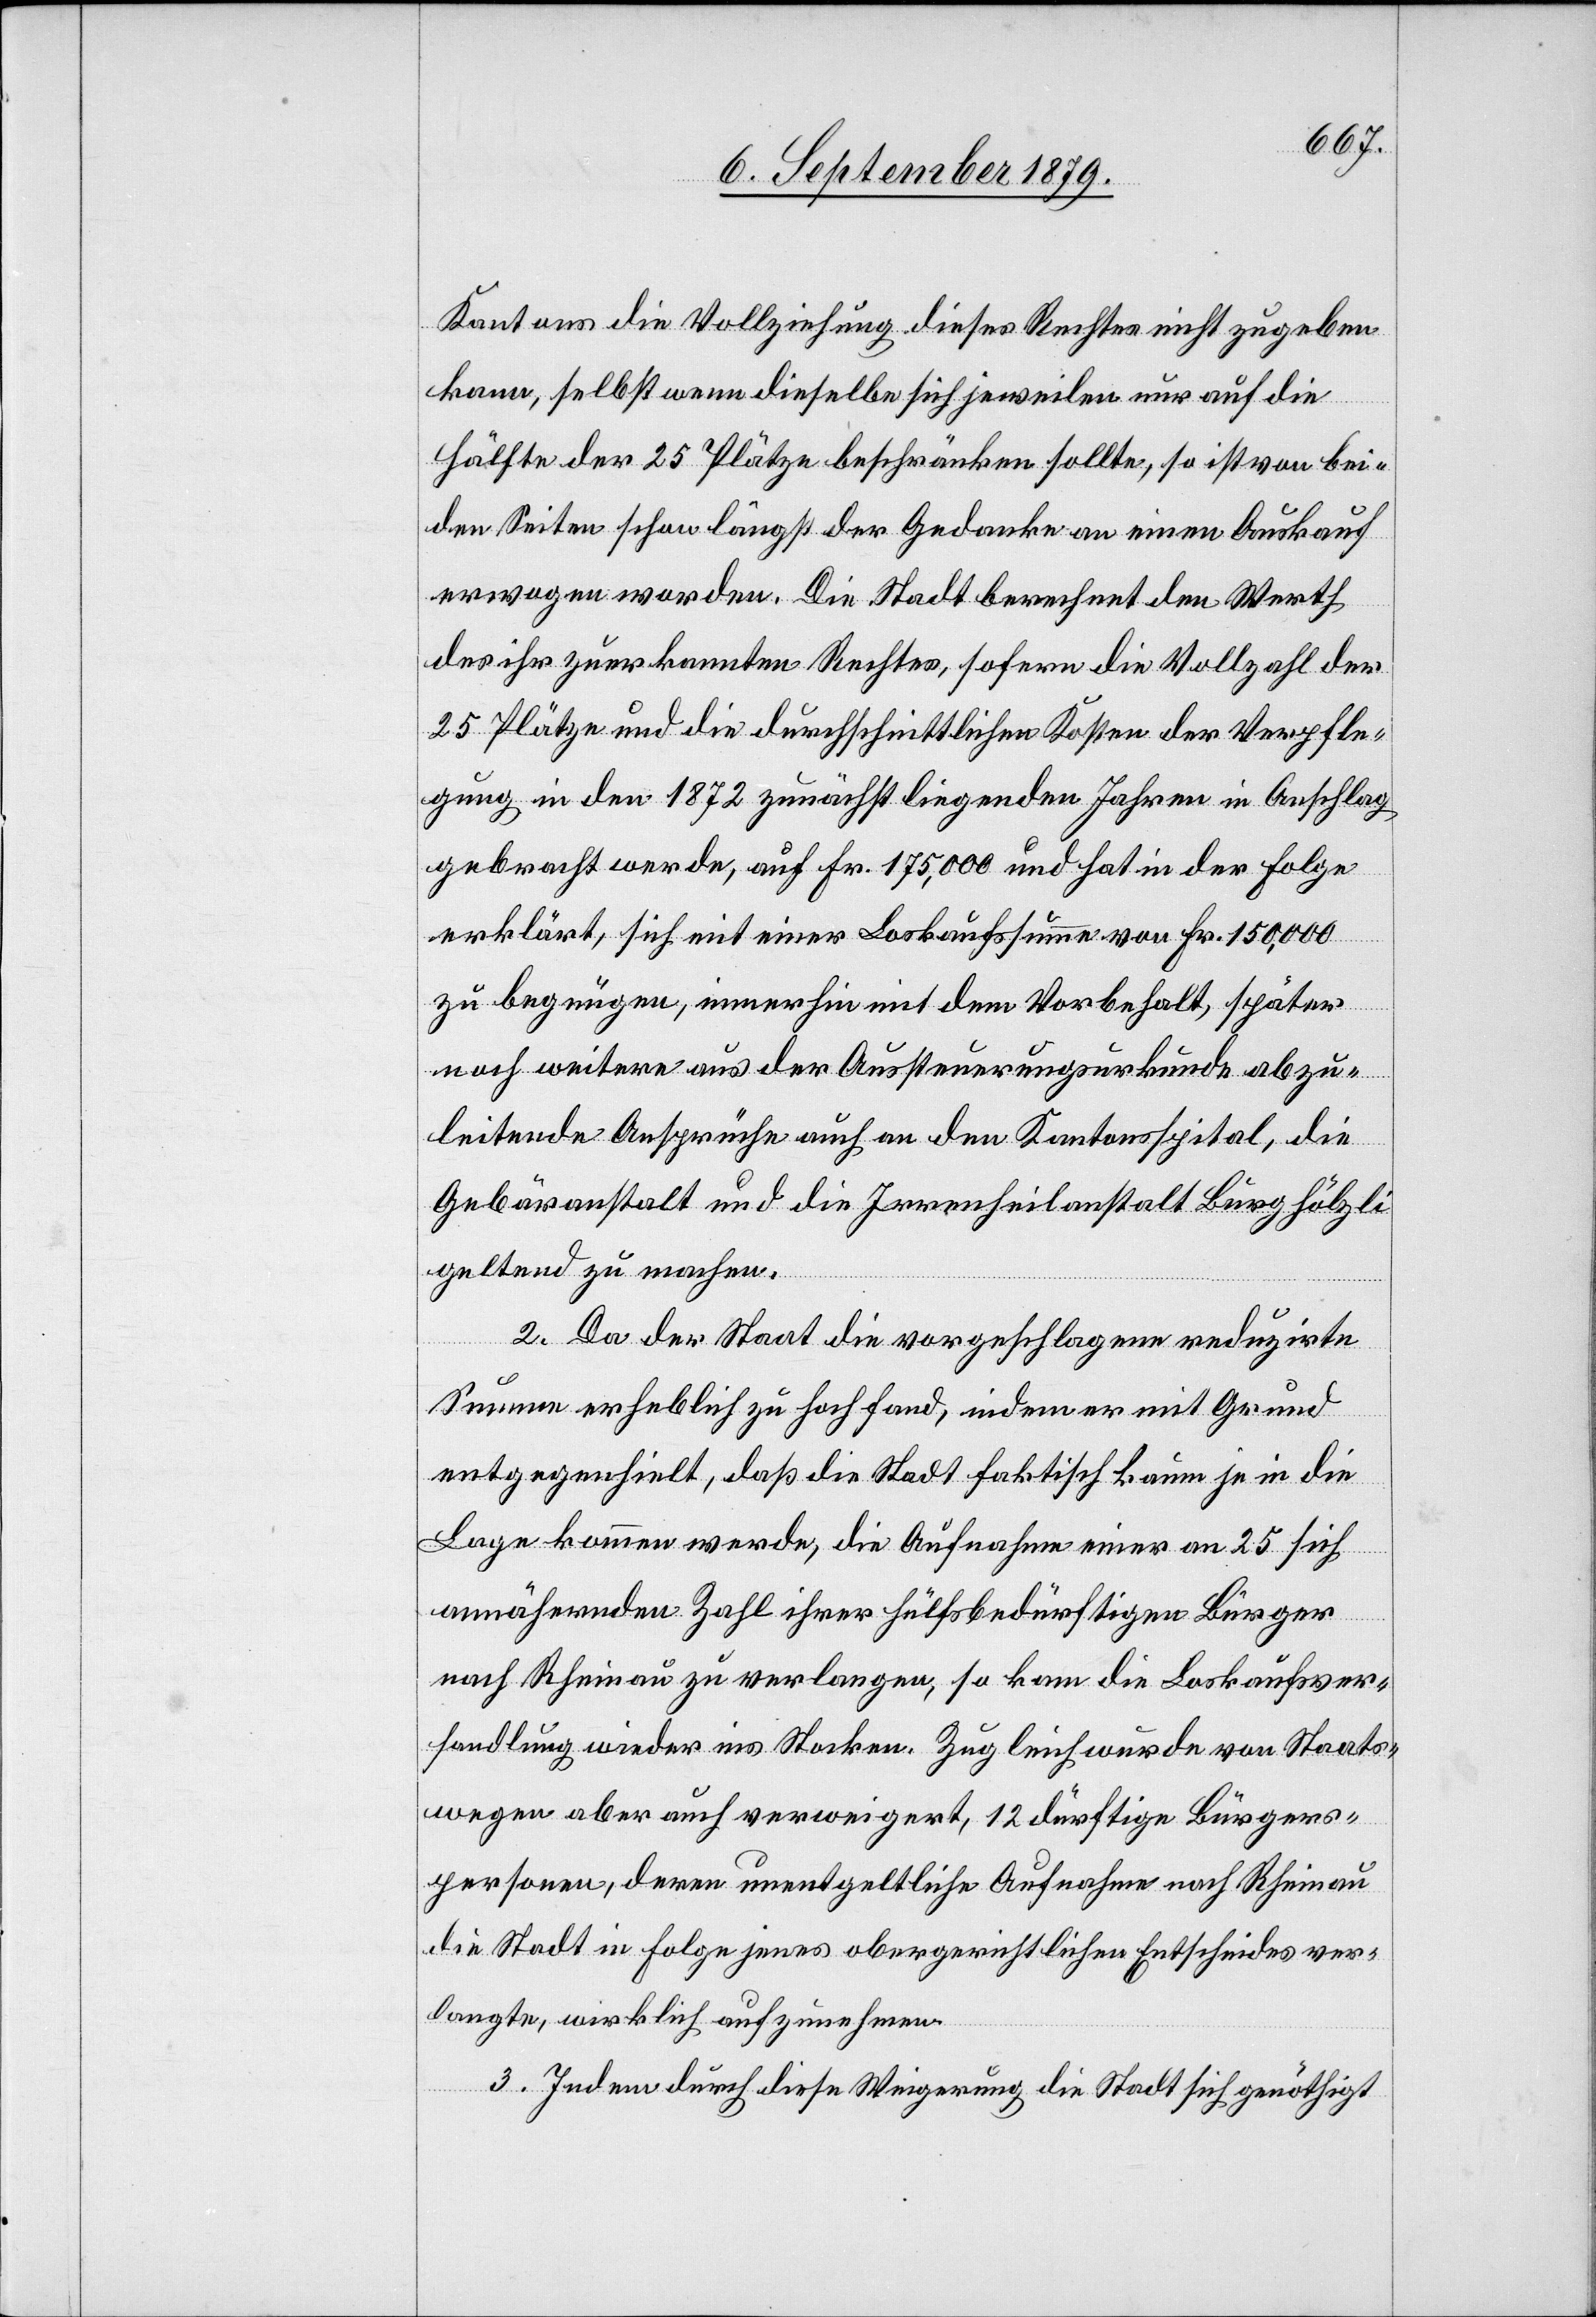
Kantons die Vollziehung dieses Rechtes nicht zugeben
kann, selbst wenn dieselbe sich jeweilen nur auf die
Hälfte der 25 Plätze beschränken sollte, so ist von bei¬
den Seiten schon längst der Gedanke an einen Auskauf
erwogen worden. Die Stadt berechnet den Werth
des ihr zuerkannten Rechtes, sofern die Vollzahl der
25 Plätze und die durchschnittlichen Kosten der Verpfle¬
gung in den 1872 zunächst liegenden Jahres in Anschlag
gebracht werde, auf Fr. 175,000 und hat in der Folge
erklärt, sich mit einer Loskaufssumme von Fr. 150,000
zu begnügen, immerhin mit dem Vorbehalt, später
noch weitere aus der Austeuerungsurkunde abzu¬
leitende Ansprüche auch an den Kantonsspital, die
Gebäranstalt und die Irrenheilanstalt Burghözli
geltend zu machen.
2. Da der Staat die vorgeschlagene reduzirte
Summe erheblich zu hoch fand, indem er mit Grund
entgegenhielt, daß die Stadt faktisch kaum je in die
Lage kommen werde, die Aufnahme einer an 25 sich
annähernde Zahl ihrer hülfsbedürftigen Bürger
nach Rheinau zu verlangen, so kann die Loskaufsver¬
handlung wieder ins Stocken. Zugleich wurde von Staats¬
wegen aber auch verweigert, 12 dürftige Bürgers¬
personen, deren unentgeltliche Aufnahme nach Rheinau
die Stadt in Folge jenes obergerichtlichen Entscheides ver¬
langte, wirklich aufzunehmen.
3. Indem durch diese Weigerung die Stadt sich genöthigt